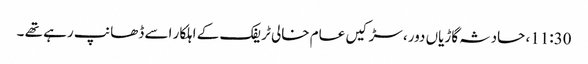
11:30، حادثہ گاڑیاں دور، سڑکیں عام خالی ٹریفک کے اہلکار اسے ڈھانپ رہے تھے ۔